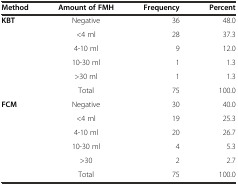
<table><thead><tr><td><b>Method</b></td><td><b>Amount of FMH</b></td><td><b>Frequency</b></td><td><b>Percent</b></td></tr></thead><tbody><tr><td rowspan="6"><b>KBT</b></td><td>Negative</td><td>36</td><td>48.0</td></tr><tr><td>&lt;4 ml</td><td>28</td><td>37.3</td></tr><tr><td>4-10 ml</td><td>9</td><td>12.0</td></tr><tr><td>10-30 ml</td><td>1</td><td>1.3</td></tr><tr><td>&gt;30 ml</td><td>1</td><td>1.3</td></tr><tr><td>Total</td><td>75</td><td>100.0</td></tr><tr><td rowspan="6"><b>FCM</b></td><td>Negative</td><td>30</td><td>40.0</td></tr><tr><td>&lt;4 ml</td><td>19</td><td>25.3</td></tr><tr><td>4-10 ml</td><td>20</td><td>26.7</td></tr><tr><td>10-30 ml</td><td>4</td><td>5.3</td></tr><tr><td>&gt;30</td><td>2</td><td>2.7</td></tr><tr><td>Total</td><td>75</td><td>100.0</td></tr></tbody></table>